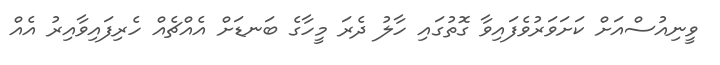
ވީނިއުސްއަށް ކަށަވަރުވެފައިވާ ގޮތުގައި ހާލު ދެރަ މީހާގެ ބަނޑަށް އެއްޗެއް ހެރިފައިވާއިރު އެއް